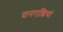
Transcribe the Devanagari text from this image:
दानराशियां